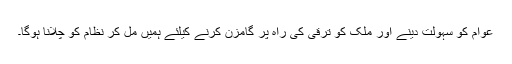
عوام کو سہولت دینے اور ملک کو ترقی کی راہ پر گامزن کرنے کیلئے ہمیں مل کر نظام کو چلانا ہوگا۔